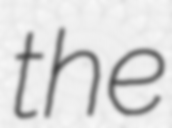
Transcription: the